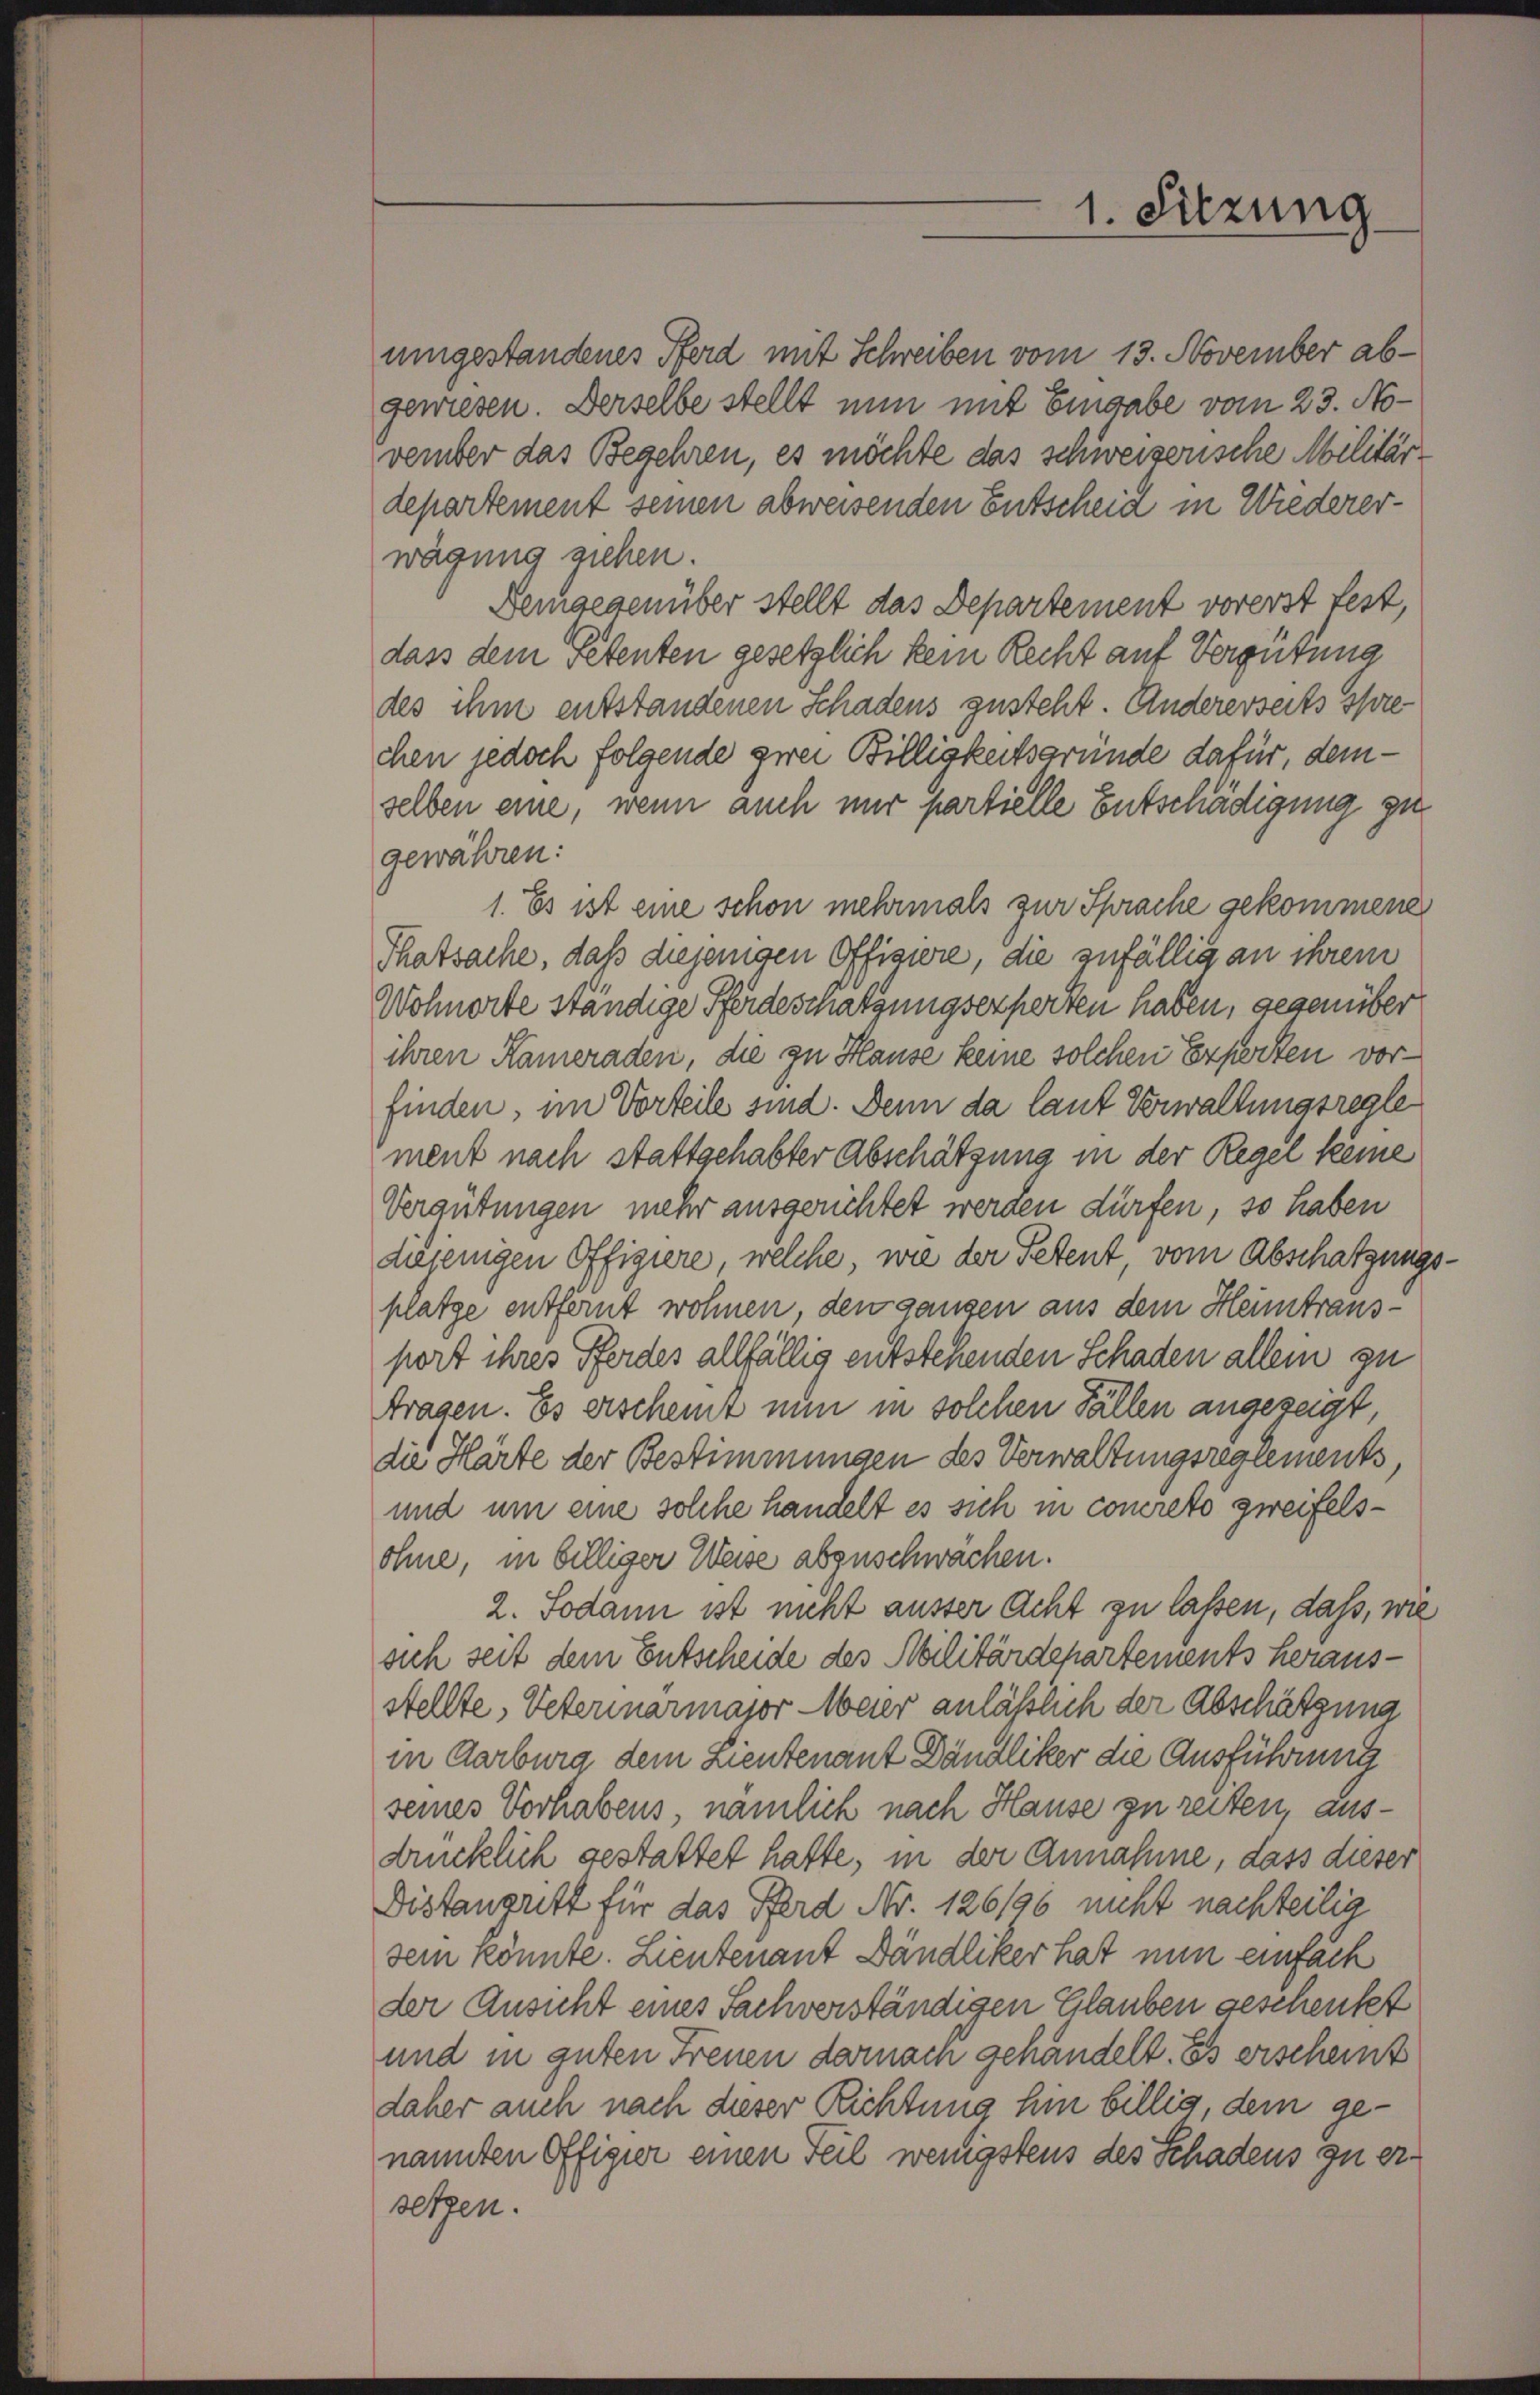
departement seinen abweisenden Entscheid in Wiedererwägung ziehen.
Demgegenüber stellt das Departement vorerst fest,
dass dem Petenten gesetzlich kein Recht auf Vergütung
des ihm entstandenen Schadens zusteht. Andererseits sprechen jedoch folgende zwei Billigkeitsgründe dafür, demselben eine, wenn auch nur partielle Entschädigung zu
gewähren:
1. Es ist eine schon mehrmals zur Sprache gekommene
Thatsache, daß diejenigen Offiziere, die zufällig an ihrem
Wohnorte ständige Pferdeschatzungsexperten haben, gegenüber
ihren Kameraden, die zu Hause keine solchen Experten vorfinden, im Vorteile sind. Denn da laut Verwaltungsregle
ment nach stattgehabter Abschätzung in der Regel keine
Vergütungen mehr ausgerichtet werden dürfen, so haben
diejenigen Offigiere, welche, wie der Petent vom Abschatzungsplatze entfernt wohnen, den ganzen aus dem Heimtransport ihres Pferdes allfällig entstehenden Schaden allein zu
ttragen. Es erscheint nun in solchen Fällen angezeigt,
die Härte der Bestimmungen des Verwaltungsreglements,
und um eine solche handelt es sich in concreto zweifelsohne, in billiger Weise abzuschwachen.
2. Sodann ist nicht ausser Acht zu lassen, dass, wie
sich seit dem Entscheide des Militärdepartements herausstellte, Veterinarmajor Weier anläßlich der Abschätzung
in Aarburg dem Lieutenant Dändliker die Ausführung
seines Vorhabens, nämlich nach Hause zu reiten, ausdrücklich gestattet hatte, in der Annahme, dass dieser
Distandritt für das Pferd Nr. 126196 nicht nachteilig
dein könnte. Lieutenant Dändliker hat nun einfach
der Ansicht eines Sachverständigen Glauben geschenkt
und in guten Freuen darnach gehandelt. Es erscheint
daher auch nach dieser Richtung hin billig, dem genannten Offigier einen Teil wenigstens des Schadens zu ersetzen.

1. Sitzung

umgestandenes Pferd mit Schreiben vom 13. November abgewiesen. Derselbe stellt nun mit Eingabe vom 23. November das Begehren, es möchte das schweizerische Militär¬